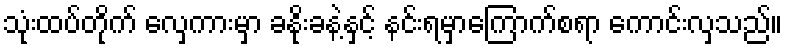
သုံးထပ်တိုက် လှေကားမှာ ခနိုးခနဲ့နှင့် နင်းရမှာကြောက်စရာ ကောင်းလှသည်။